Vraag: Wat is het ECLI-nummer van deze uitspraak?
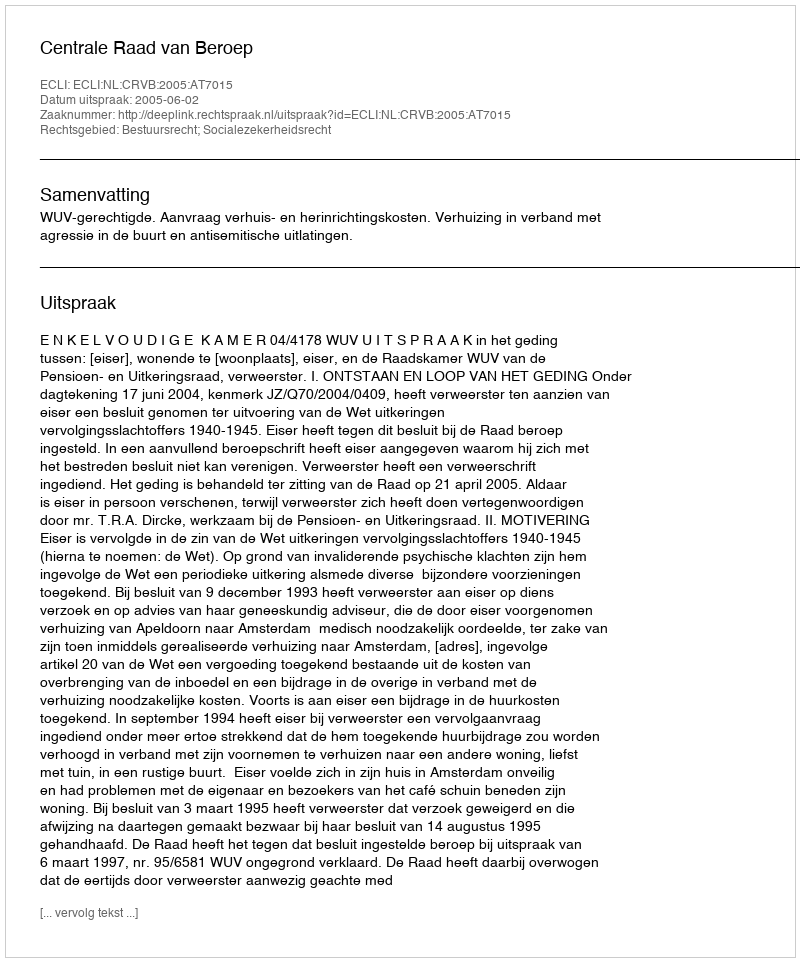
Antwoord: ECLI:NL:CRVB:2005:AT7015